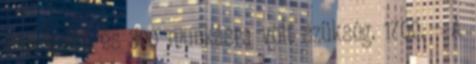
csákányra és 300 munkásra volt szükség. 1700. – A